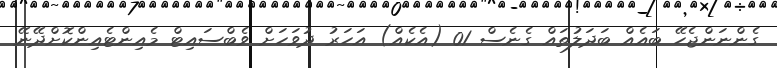
ގެންނަންޖެހޭ ބައެއް ބަދަލުތައް ގެނެސް 01 (އެކެއް) އަހަރު ދުވަހަށް ވެބްސައިޓް މެއިންޓެއިންކޮށްދޭނޭ